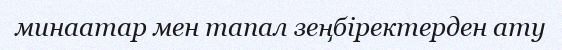
минаатар мен тапал зеңбіректерден ату